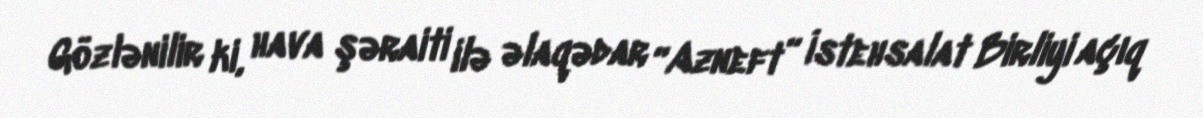
Gözlənilir ki, hava şəraiti ilə əlaqədar “Azneft” İstehsalat Birliyi açıq